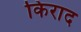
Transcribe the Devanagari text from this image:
किराद